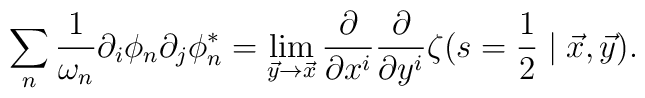
\sum_{n}\frac{1}{\omega _{n}}\partial _{i}\phi _{n}\partial _{j}\phi_{n}^{*}=\lim_{\vec{y}\rightarrow \vec{x}}\frac{\partial }{\partial x^{i}}\frac{\partial }{\partial y^{i}}\zeta(s=\frac{1}{2}\mid \vec{x},\vec{y}).